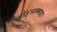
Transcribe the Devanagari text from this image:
डॉइआक्साइड